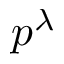
p ^ { \lambda }